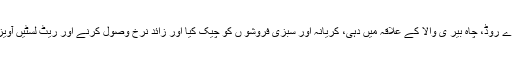
ڈی سی او لیاقت علی چٹھہ کی ہدایت پر سرگودھا روڈ، ریلوے روڈ، چاہ بیر ی والا کے علاقہ میں دہی، کریانہ اور سبزی فروشو ں کو چیک کیا اور زائد نرخ وصول کرنے اور ریٹ لسٹیں آویزاں نہ کرنے پر چار افراد کے خلاف مقدمات در ج کرادیے۔